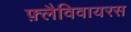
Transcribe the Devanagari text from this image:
फ़्लैविवायरस